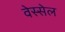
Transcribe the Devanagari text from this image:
वेस्सेल